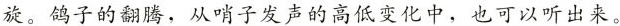
旋。鸽子的翻腾，从哨子发声的高低变化中，也可以听出来。